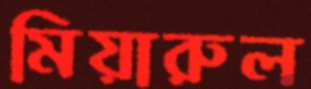
মিয়ারুল